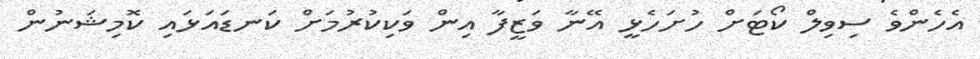
އެހެންވެ ސިވިލް ކޯޓަށް ހުށަހެޅީ އޭނާ ވަޒީފާ އިން ވަކިކުރުމަށް ކަނޑައަޅައި ކޮމިޝަނުން